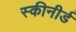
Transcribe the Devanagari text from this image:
स्कीनीर्ड